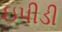
ઇપીડી